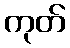
ကုတ်